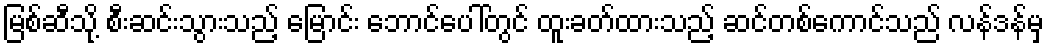
မြစ်ဆီသို့ စီးဆင်းသွားသည့် မြောင်း ဘောင်ပေါ်တွင် ထူးခတ်ထားသည့် ဆင်တစ်ကောင်သည် လန်ဒန်မှ